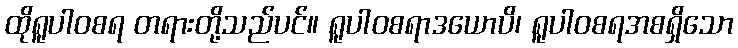
ထိုရူပါဝစရ တရားတို့သည်ပင်။ ရူပါဝစရာဒယောပိ၊ ရူပါဝစရအစရှိသော